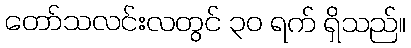
တော်သလင်းလတွင် ၃၀ ရက် ရှိသည်။